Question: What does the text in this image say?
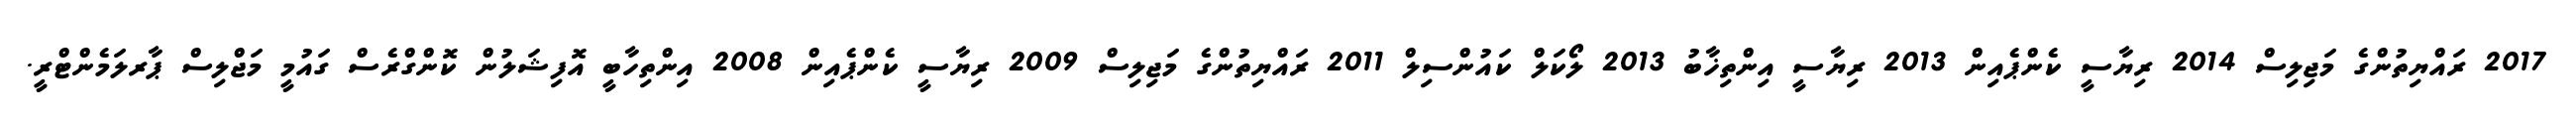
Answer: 2017 ރައްޔިތުންގެ މަޖިލިސް 2014 ރިޔާސީ ކެންޕެއިން 2013 ރިޔާސީ އިންތިޚާބު 2013 ލޯކަލް ކައުންސިލް 2011 ރައްޔިތުންގެ މަޖިލިސް 2009 ރިޔާސީ ކެންޕެއިން 2008 އިންތިހާބީ އޮފިޝަލުން ކޮންގްރެސް ގައުމީ މަޖްލިސް ޕާރލަމެންޓްރީ.